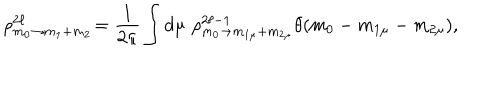
LaTeX: \rho _ { m _ { 0 } \rightarrow m _ { 1 } + m _ { 2 } } ^ { 2 \ell } \! = \frac { 1 } { 2 \pi } \int d \mu \, \, \rho _ { m _ { 0 } \rightarrow m _ { 1 \mu } + m _ { 2 \mu } } ^ { 2 \ell - 1 } \theta ( m _ { 0 } - m _ { 1 \mu } - m _ { 2 \mu } ) ,